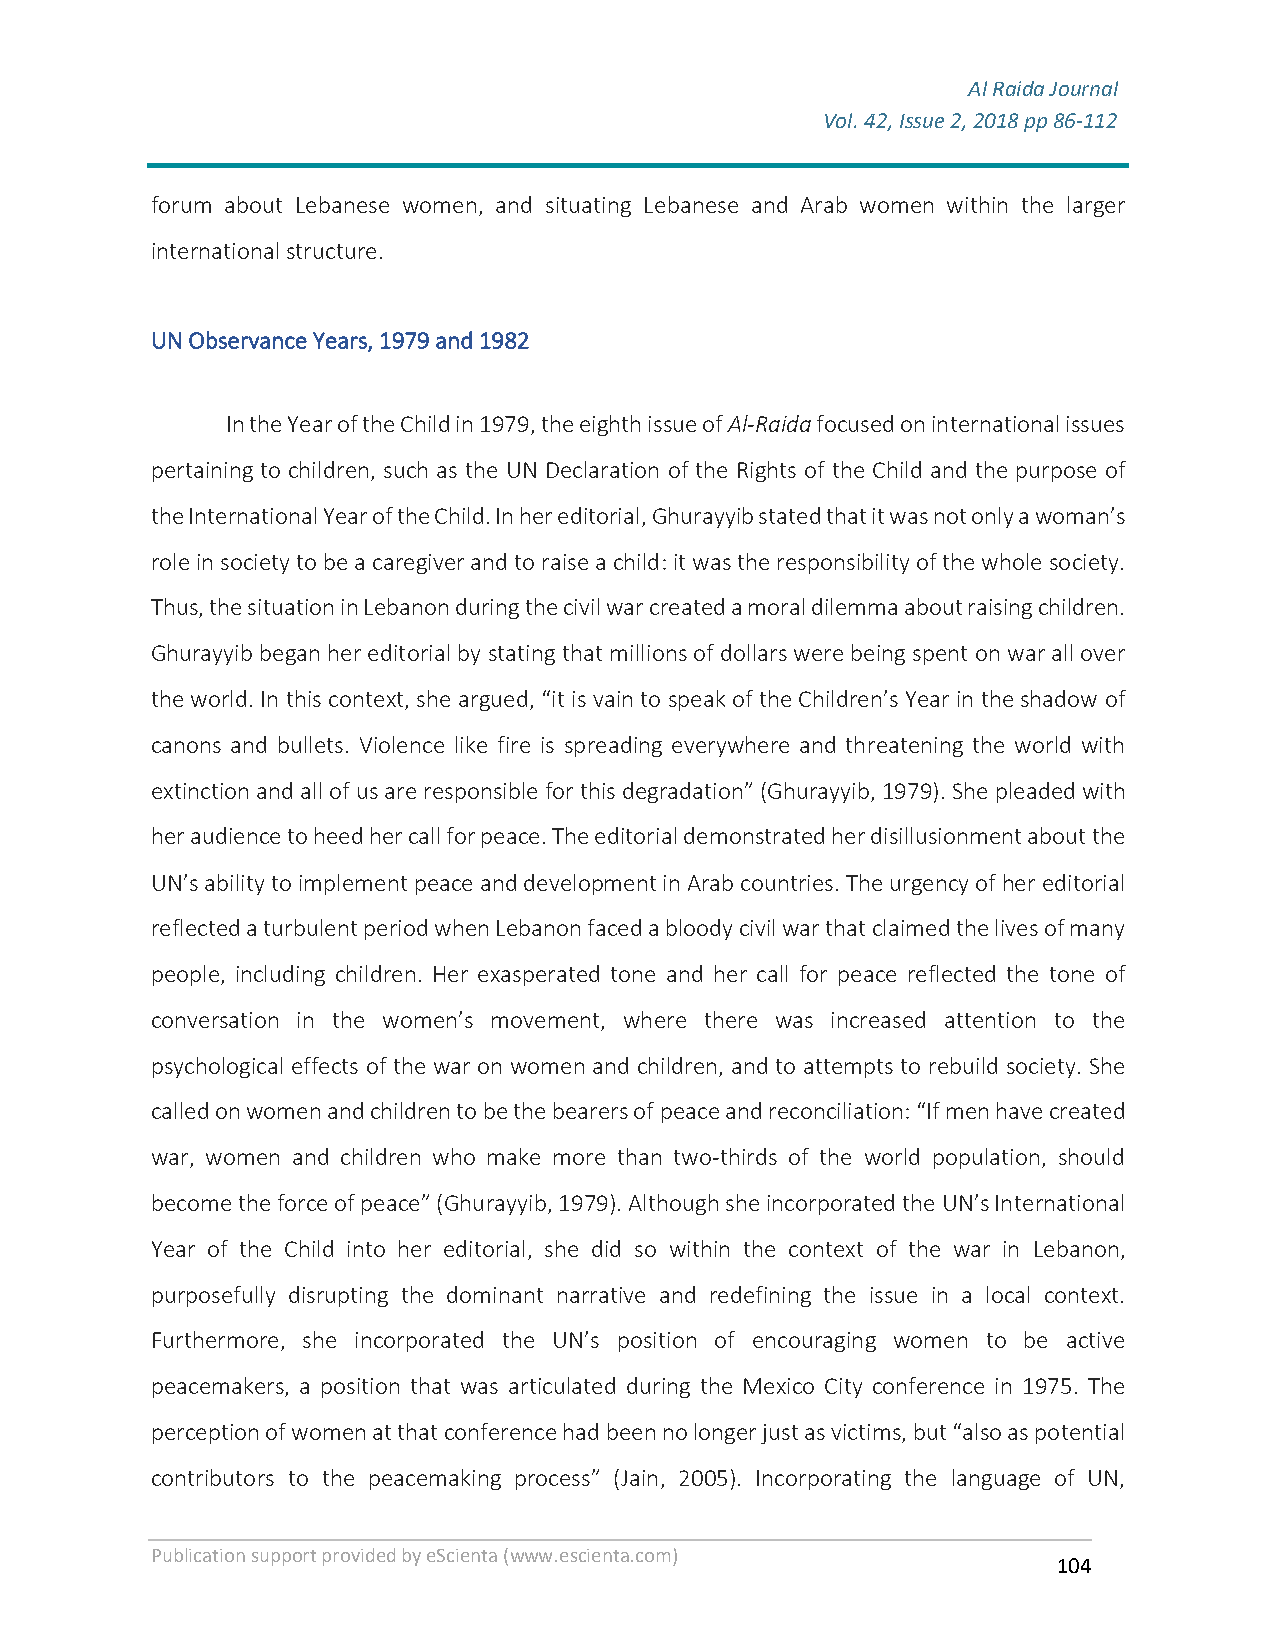
Al Raida Journal
 Vol. 42, Issue 2, 2018 pp 86-112
 F
 forum about Lebanese women, and situating Lebanese and Arab women within the larger
 international structure.
 UN Observance Years, 1979 and 1982
 In the Year of the Child in 1979, the eighth issue of Al-Raida focused on international issues
 pertaining to children, such as the UN Declaration of the Rights of the Child and the purpose of
 the International Year of the Child. In her editorial, Ghurayyib stated that it was not only a woman’s
 role in society to be a caregiver and to raise a child: it was the responsibility of the whole society.
 Thus, the situation in Lebanon during the civil war created a moral dilemma about raising children.
 Ghurayyib began her editorial by stating that millions of dollars were being spent on war all over
 the world. In this context, she argued, “it is vain to speak of the Children’s Year in the shadow of
 canons and bullets. Violence like fire is spreading everywhere and threatening the world with
 extinction and all of us are responsible for this degradation” (Ghurayyib, 1979). She pleaded with
 her audience to heed her call for peace. The editorial demonstrated her disillusionment about the
 UN’s ability to implement peace and development in Arab countries. The urgency of her editorial
 reflected a turbulent period when Lebanon faced a bloody civil war that claimed the lives of many
 people, including children. Her exasperated tone and her call for peace reflected the tone of
 conversation in the women’s movement, where there was increased attention to the
 psychological effects of the war on women and children, and to attempts to rebuild society. She
 called on women and children to be the bearers of peace and reconciliation: “If men have created
 war, women and children who make more than two-thirds of the world population, should
 become the force of peace” (Ghurayyib, 1979). Although she incorporated the UN’s International
 Year of the Child into her editorial, she did so within the context of the war in Lebanon,
 purposefully disrupting the dominant narrative and redefining the issue in a local context.
 Furthermore, she incorporated the UN’s position of encouraging women to be active
 peacemakers, a position that was articulated during the Mexico City conference in 1975. The
 perception of women at that conference had been no longer just as victims, but “also as potential
 contributors to the peacemaking process” (Jain, 2005). Incorporating the language of UN,
 Publication support provided by eScienta (www.escienta.com)
 104